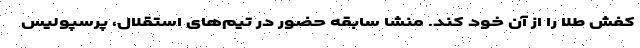
کفش طلا را از آن خود کند. منشا سابقه حضور در تیم‌های استقلال، پرسپولیس